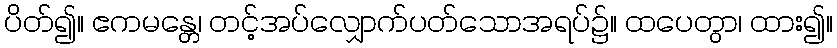
ပိတ်၍။ ဧကမန္တေ၊ တင့်အပ်လျှောက်ပတ်သောအရပ်၌။ ထပေတွာ၊ ထား၍။